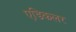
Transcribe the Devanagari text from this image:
एडिकलर